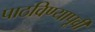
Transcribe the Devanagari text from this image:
पाठविण्यापूर्वी